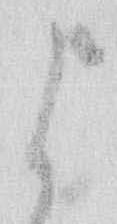
よ